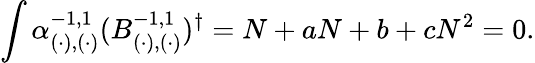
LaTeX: \int\alpha_{(\cdot),(\cdot)}^{-1,1}(B_{(\cdot),(\cdot)}^{-1,1})^{\dagger}=N+aN+b+cN^{2}=0.